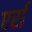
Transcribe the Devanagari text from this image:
एर्रा